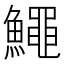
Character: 鱦